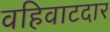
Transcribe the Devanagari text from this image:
वहिवाटदार